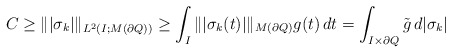
\begin{align*}C\geq \| |\sigma_k| \|_{L^2(I ;M(\partial Q))}\geq \int_I \| | \sigma_k(t) | \|_{M(\partial Q)} g(t) \,dt =\int_{I \times \partial Q} \tilde g \,d|\sigma_k| \end{align*}